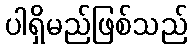
ပါရှိမည်ဖြစ်သည်